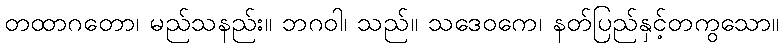
တထာဂတော၊ မည်သနည်း။ ဘဂဝါ၊ သည်။ သဒေဝကေ၊ နတ်ပြည်နှင့်တကွသော။